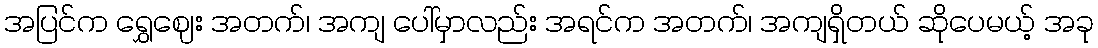
အပြင်က ရွှေဈေး အတက်၊ အကျ ပေါ်မှာလည်း အရင်က အတက်၊ အကျရှိတယ် ဆိုပေမယ့် အခု